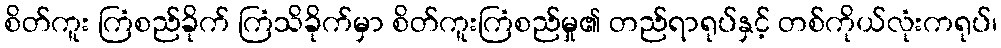
စိတ်ကူး ကြံစည်ခိုက် ကြံသိခိုက်မှာ စိတ်ကူးကြံစည်မှု၏ တည်ရာရုပ်နှင့် တစ်ကိုယ်လုံးကရုပ်၊